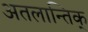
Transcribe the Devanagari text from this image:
अतलान्तिक्